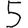
Digit: 5